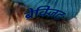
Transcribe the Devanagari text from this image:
ब्रेक्ज़िट